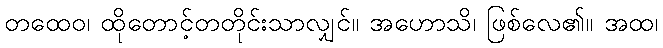
တထေဝ၊ ထိုတောင့်တတိုင်းသာလျှင်။ အဟောသိ၊ ဖြစ်လေ၏။ အထ၊